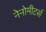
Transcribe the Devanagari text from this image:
नेनोमीटर्स